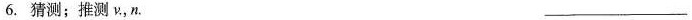
6.猜测；推测v，n.___